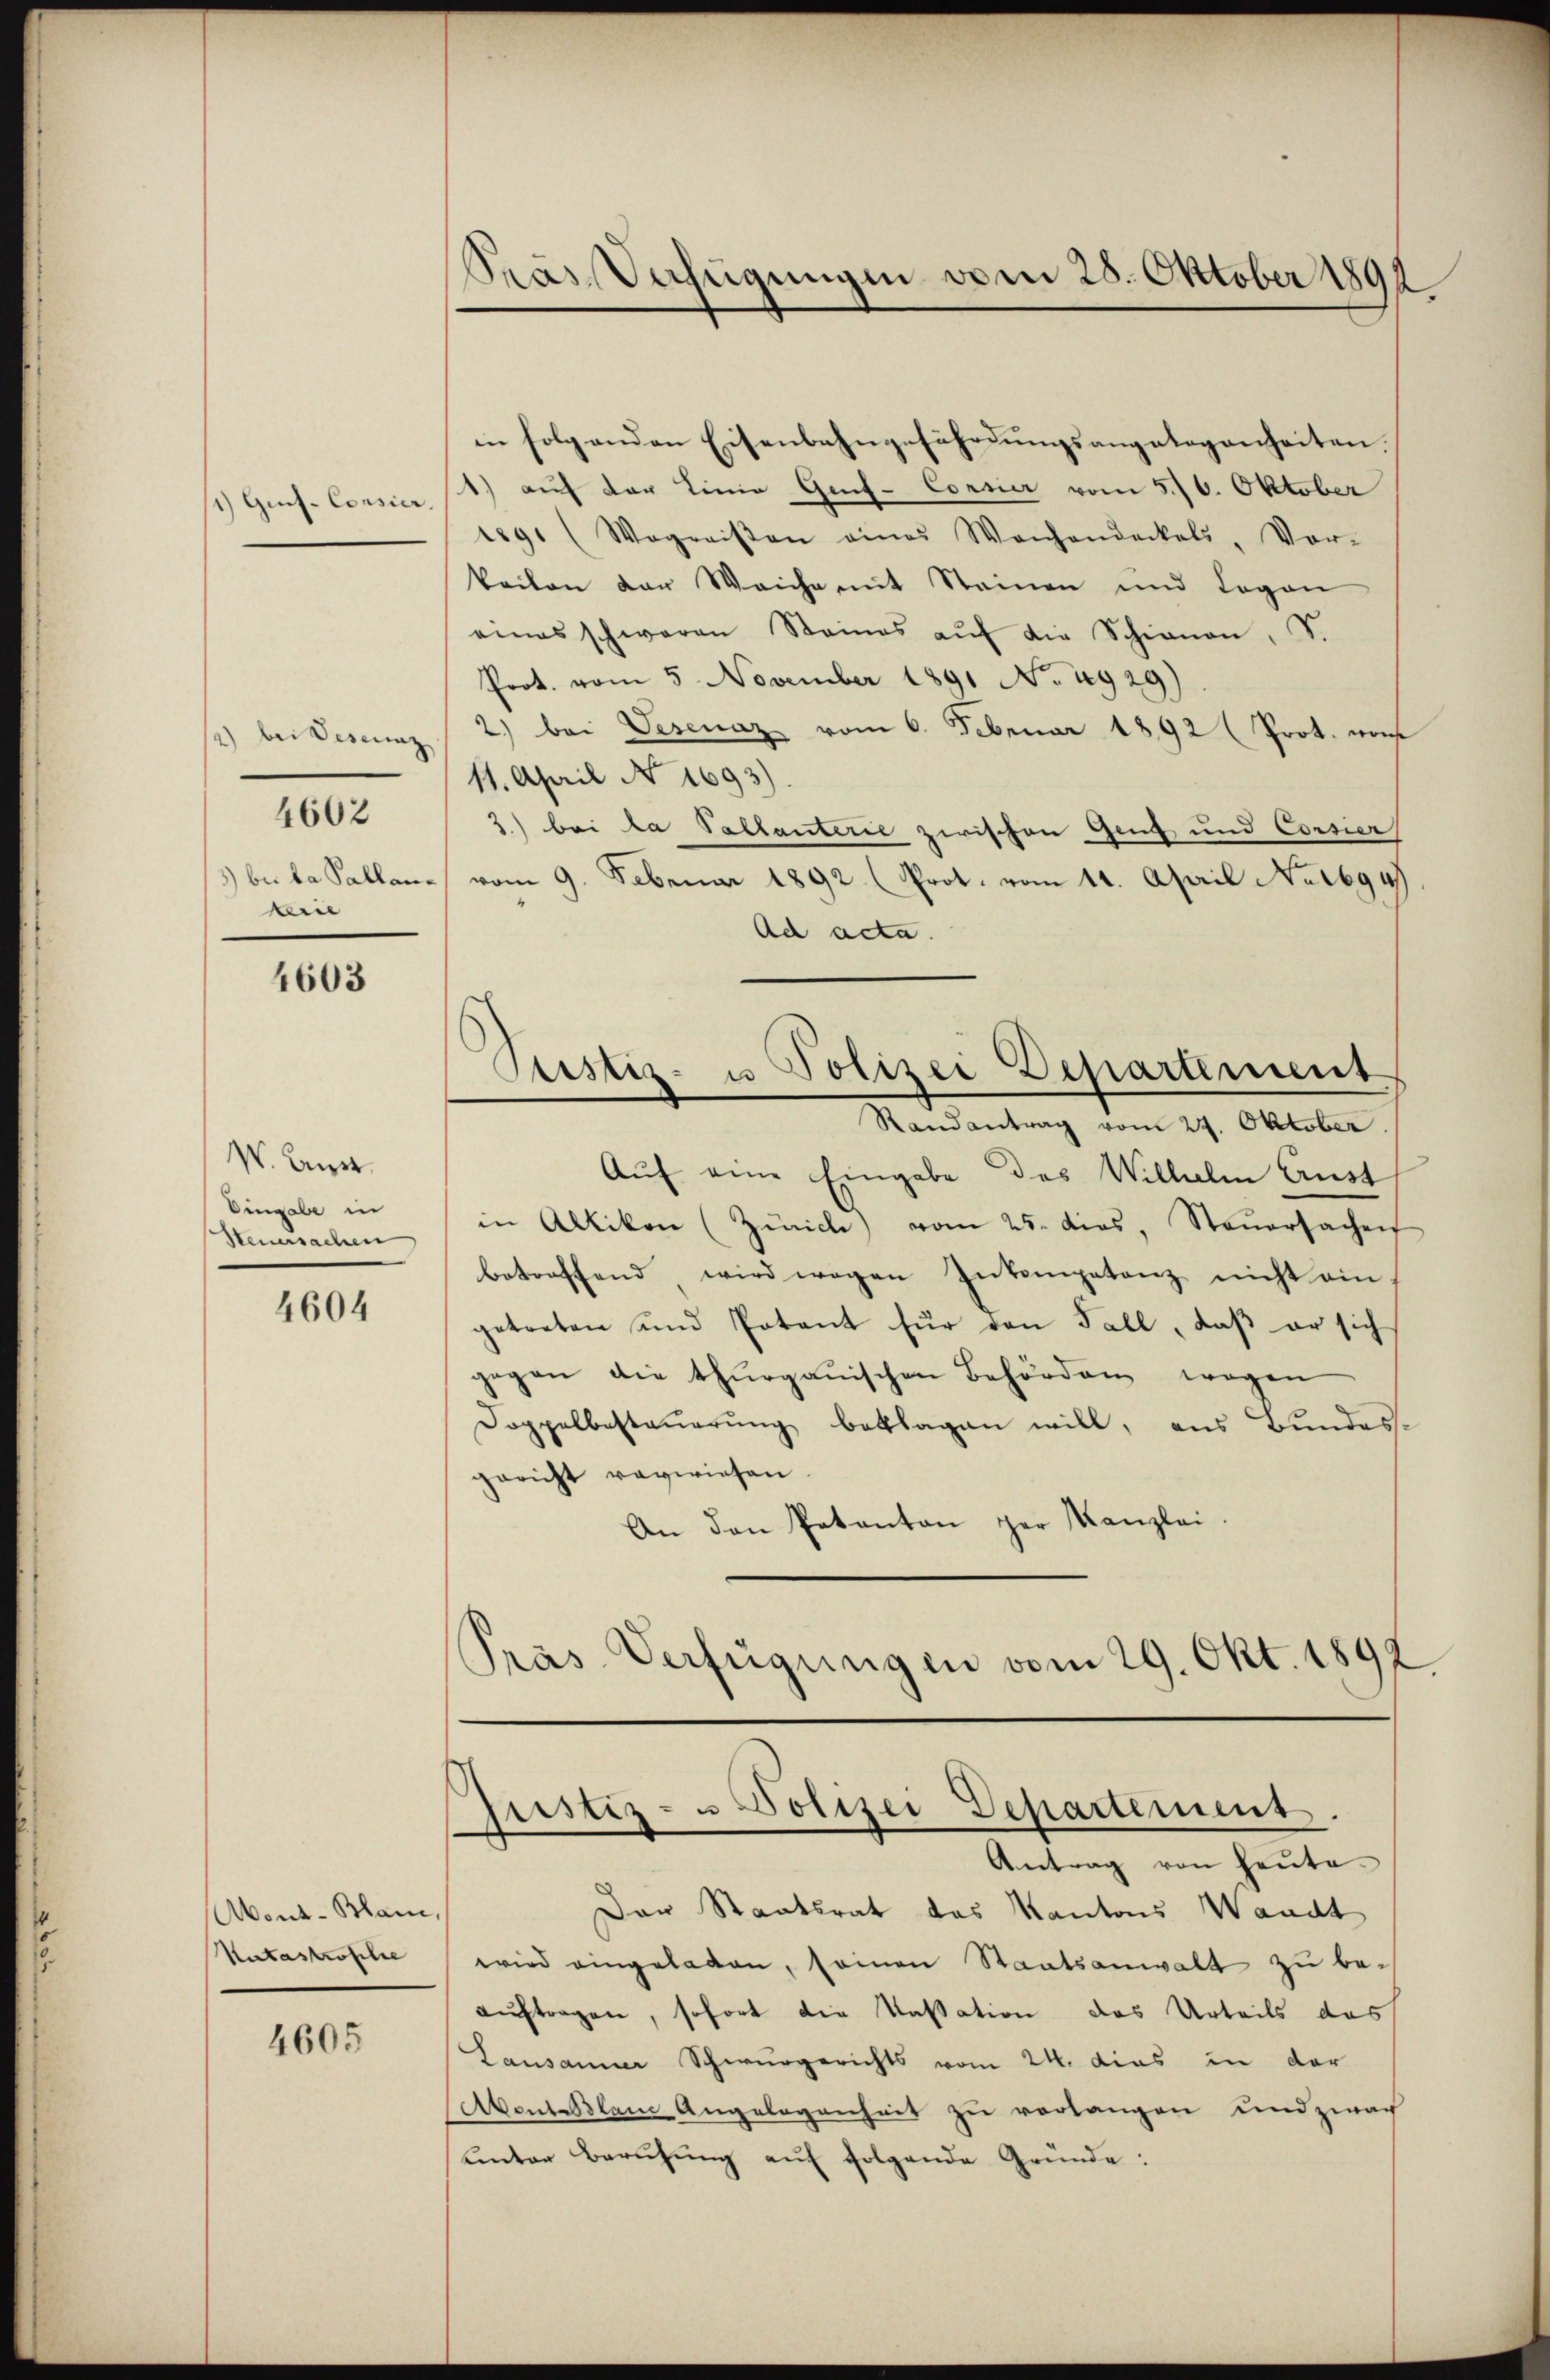
) Guf- Consier.

, bei Desecur
3) bei da Pallanterie

4602

4603

W. Brust.
Dingabe in
Steuersachen

4604

Abont-Blam,
Katastrophe

4605

Pras Verfügungen vom 25. Oktober 1891

in folgenden Eisenbahngefährdungsangelegenheiten.
1) auf der Linie Genf-Corrier vom 5./6. Oktober
159. (Wegreisen eines Wachendeckels, Vor-
keilen der Weiche mit Steinen und Logen
eines schwaren Steines aŭf die Schienen, S.
Prot. vom 5. November 1891 No 2929)
2.) bei Vesenaz vom 6. Februar 1892 (Prot. von
11. April No 1693)
2.) bei da Pallanterie zwischen Genf und Corsier
vom 9. Februar 1892 (Prot. vom 14. April Nr 1694
Ad acta.
Justiz- u Polizei Departement
Randantrag vom 29. Oktober
Aŭf eine Eingabe des Wilhelm Aust
in Altikon (Zürich) vom 25. dies. Steŭersachen
betreffend wird wegen Inkompetenz nicht ein-
getreten und Patent für den Fall, daß er sich
gegen die thurgauischen Behörden wegen
Doppelbestaŭerŭng beklagen will, aus Bundes-
gericht verwiesen
An den Patanton per Kanzlei
Pras Verfügungen vom 29. Okt. 1892

Justiz- u Polizei Departement
Antrag von heute.

Der Staatsrat das Kantons Waadt
wird eingeladen, seinen Staatsanwalt zu beaŭftragen, sofort die Kassation das Urteils das
Lausanner Schwurgerichts vom 24. dies in der
Abent Blaue Angelegenheit zu verlangen und zwach
unter Berufung auf folgende Gründe: